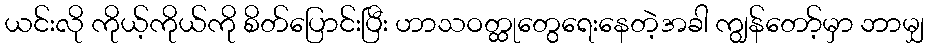
ယင်းလို ကိုယ့်ကိုယ်ကို စိတ်ပြောင်းပြီး ဟာသဝတ္ထုတွေရေးနေတဲ့အခါ ကျွန်တော့်မှာ ဘာမျှ